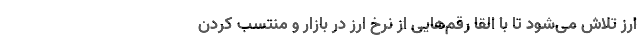
ارز تلاش می‌شود تا با القا رقم‌هایی از نرخ ارز در بازار و منتسب کردن